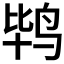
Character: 𲍴